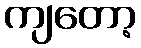
ကျတော့